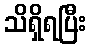
သိရှိရပြီး